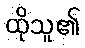
ထိုသူ၏